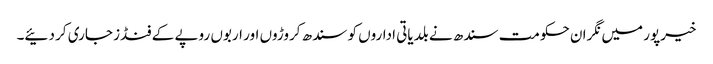
خیرپور میں نگران حکومت سندھ نے بلدیاتی اداروں کو سندھ کروڑوں اور اربوں روپے کے فنڈز جاری کر دئیے۔